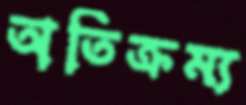
অতিক্রম্য